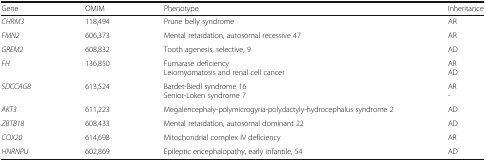
| Gene | OMIM | Phenotype | Inheritance |
 | --- | --- | --- | --- |
 | CHRM3 | 118,494 | Prune belly syndrome | AR |
 | FMN2 | 606,373 | Mental retardation, autosomal recessive 47 | AR |
 | GREM2 | 608,832 | Tooth agenesis, selective, 9 | AD |
 | FH | 136,850 | Fumarase deficiencyLeiomyomatosis and renal cell cancer | ARAD |
 | SDCCAG8 | 613,524 | Bardet-Biedl syndrome 16Senior-Loken syndrome 7 | AR- |
 | AKT3 | 611,223 | Megalencephaly-polymicrogyria-polydactyly-hydrocephalus syndrome 2 | AD |
 | ZBTB18 | 608,433 | Mental retardation, autosomal dominant 22 | AD |
 | COX20 | 614,698 | Mitochondrial complex IV deficiency | AR |
 | HNRNPU | 602,869 | Epileptic encephalopathy, early infantile, 54 | AD |